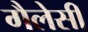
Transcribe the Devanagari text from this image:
गैलेसी